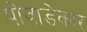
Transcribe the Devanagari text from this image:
पोवाडेकार